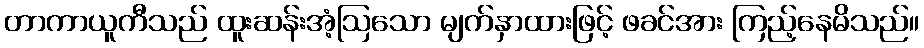
တာကာယူကီသည် ထူးဆန်းအံ့ဩသော မျက်နှာထားဖြင့် ဖခင်အား ကြည့်နေမိသည်။